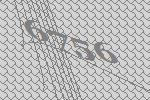
6756